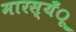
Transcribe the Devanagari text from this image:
मारस्यँू